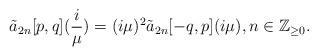
LaTeX: \begin{align*}\tilde{a}_{2n}[p,q](\frac{i}{\mu})=(i\mu)^{2}\tilde{a}_{2n}[-q,p](i\mu), n \in \mathbb{Z}_{\geq 0}.\end{align*}